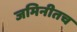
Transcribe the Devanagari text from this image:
जमिनीतच